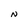
Character: N